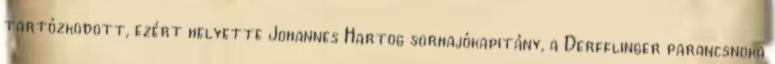
tartózkodott, ezért helyette Johannes Hartog sorhajókapitány, a Derfflinger parancsnoka